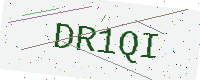
Text: DR1QI